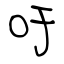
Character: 吁